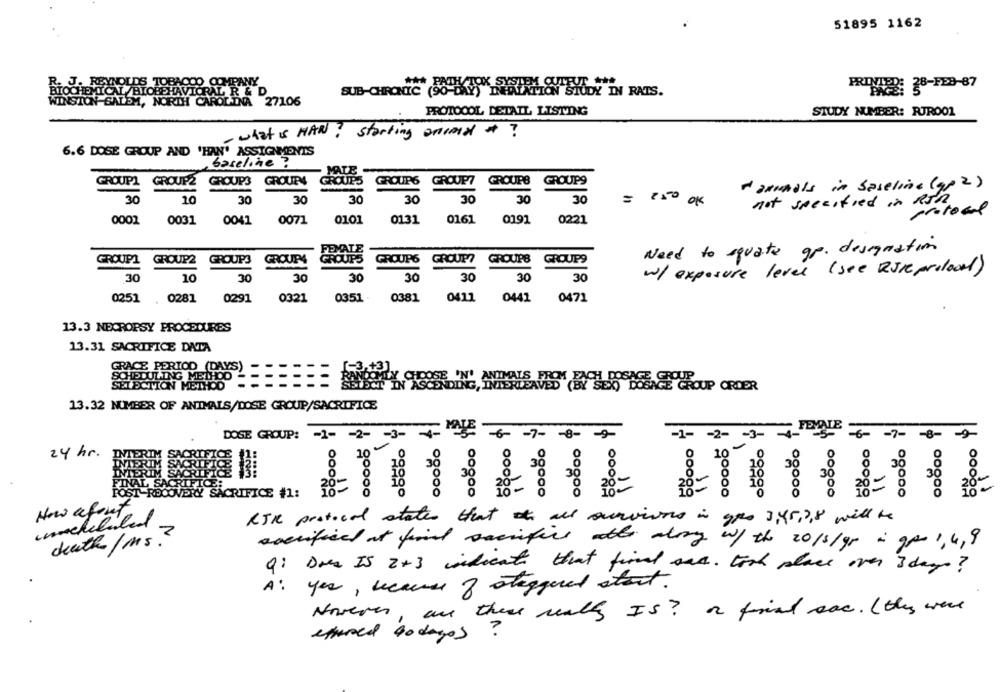
51895 1162
NOLDS TOBACCO COMPANY
PROVER: 38-FE3-87
AL /BIOBEHAVIORAL R & D
SUB-CHRONIC
TION STUDY IN RATS.
ALEM, NORTH CAROLINA 27106
PROTOCOL DETAIL LISTING
STUDY NUMBER: RURO01
- what is HAN ? starting animal *?
6.6 DOSE GROUP AND 'HAN' ASSIGNMENTS
baseline ?
MALE
GROUP2
GROUP
GROUPS
GROUPS
GROUP7
GROUPS
GROUPS
GROUP1
GROUPS
" animals in baseline (gp 2 )
30
10
30
30
30
30
30
30
30
250 OK
not specified in RJR
0002
0031
0041
0071
0101
0131
0161
0191
0221
FEMALE
Need to squate gr. designation
GROUPI
GROUP2
GROUPS
GROUP
GROUPS
GROUPS
GROUP?
GROUPS
GROUP9
30
30
30
30
w/ exposure level (see RSI prolood)
10
30
30
30
30
0251
0321
0351
0381
0471
0281
0291
0411
0441
13.3 NECROPSY PROCEDURES
13.31 SACRIFICE DATA
GRACE PERIOD (DAYS)
SCHEDULING METHOD
DOSE 'N' ANIMALS F
SELECTION METHOD
SCENDING, INTERLEAV
AVED (BY SEX) DOSAGE GROUP ORDER
13.32 NUMBER OF ANIMALS/DOSE GROUP/SACRIFICE
-1- - 2- 3- FE
DOSE GROUP:
-1- - 2- - 3-
-7- - 8- - >
-6 -7- - 8- 9
24 hr.
10
8
30
38
28
38-
11
VERY SACRIFICE #1:
100.000
$00000
=100000
11
How afort
unchilled
RJR protocol states that all ourvivos in goes 3,45,3,s will be
death/Ms.
sacrificed at find sacrifice ath along w/ the 2013/gr à gor 1, 4,9
Q: Dres IS 2+3 indicate that final ser. took place over 3 days?
A: yes, because of staggered start.
Novere .
are these walls IS? a final sac. (they were
sphered todayos ?